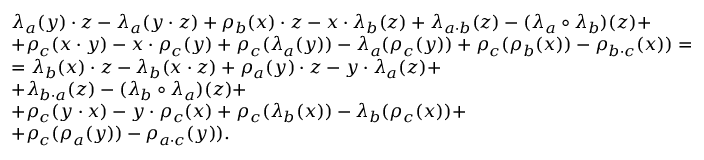
\begin{array} { l } { \lambda _ { a } ( y ) \cdot z - \lambda _ { a } ( y \cdot z ) + \rho _ { b } ( x ) \cdot z - x \cdot \lambda _ { b } ( z ) + \lambda _ { a \cdot b } ( z ) - ( \lambda _ { a } \circ \lambda _ { b } ) ( z ) + } \\ { + \rho _ { c } ( x \cdot y ) - x \cdot \rho _ { c } ( y ) + \rho _ { c } ( \lambda _ { a } ( y ) ) - \lambda _ { a } ( \rho _ { c } ( y ) ) + \rho _ { c } ( \rho _ { b } ( x ) ) - \rho _ { b \cdot c } ( x ) ) = } \\ { = \lambda _ { b } ( x ) \cdot z - \lambda _ { b } ( x \cdot z ) + \rho _ { a } ( y ) \cdot z - y \cdot \lambda _ { a } ( z ) + } \\ { + \lambda _ { b \cdot a } ( z ) - ( \lambda _ { b } \circ \lambda _ { a } ) ( z ) + } \\ { + \rho _ { c } ( y \cdot x ) - y \cdot \rho _ { c } ( x ) + \rho _ { c } ( \lambda _ { b } ( x ) ) - \lambda _ { b } ( \rho _ { c } ( x ) ) + } \\ { + \rho _ { c } ( \rho _ { a } ( y ) ) - \rho _ { a \cdot c } ( y ) ) . } \end{array}